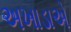
અખાડાએ